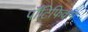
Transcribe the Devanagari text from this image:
पॉँटिफिकम